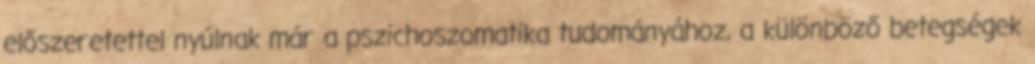
előszeretettel nyúlnak már a pszichoszomatika tudományához, a különböző betegségek